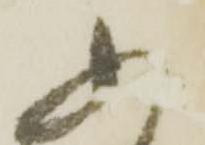
ふ